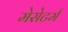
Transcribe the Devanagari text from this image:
मेसेटर्म